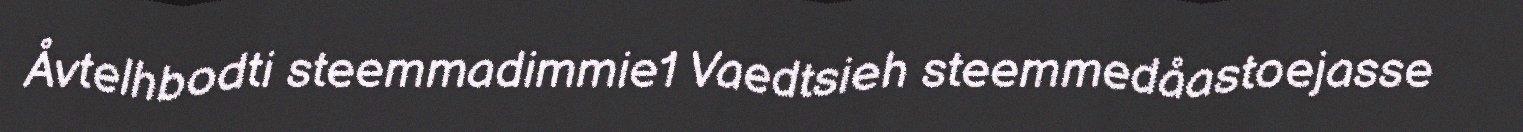
Åvtelhbodti steemmadimmie1 Vaedtsieh steemmedåastoejasse